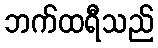
ဘက်ထရီသည်